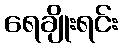
ရေချိုးရင်း